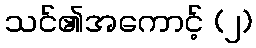
သင်၏အကောင့် (၂)